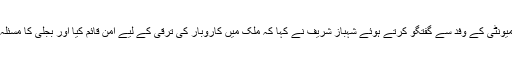
بزنس کمیونٹی کے وفد سے گفتگو کرتے ہوئے شہباز شریف نے کہا کہ ملک میں کاروبار کی ترقی کے لیے امن قائم کیا اور بجلی کا مسئلہ حل کیا۔